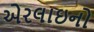
એરલાઇનો